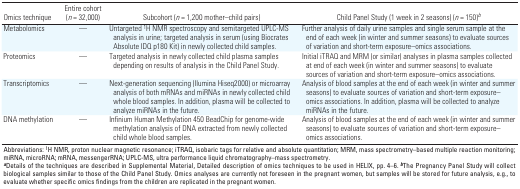
| Omics technique | Entire cohort (n = 32,000) | Subcohort (n = 1,200 mother–child pairs) | Child Panel Study (1 week in 2 seasons) (n = 150)b |
 | --- | --- | --- | --- |
 | Metabolomics | — | Untargeted 1H NMR spectroscopy and semitargeted UPLC-MS analysis in urine; targeted analysis in serum (using Biocrates Absolute IDQ p180 Kit) in newly collected child samples. | Further analysis of daily urine samples and single serum sample at the end of each week (in winter and summer seasons) to evaluate sources of variation and short-term exposure–omics associations. |
 | Proteomics | — | Targeted analysis in newly collected child plasma samples depending on results of analysis in the Child Panel Study. | Initial iTRAQ and MRM (or similar) analyses in plasma samples collected at end of each week (in winter and summer seasons) to evaluate sources of variation and short-term exposure–omics associations. |
 | Transcriptomics | — | Next-generation sequencing (Ilumina Hiseq2000) or microarray analysis of both mRNAs and miRNAs in newly collected child whole blood samples. In addition, plasma will be collected to analyze miRNAs in the future. | Analysis of blood samples at the end of each week (in winter and summer seasons) to evaluate sources of variation and short-term exposure–omics associations. In addition, plasma will be collected to analyze miRNAs in the future. |
 | DNA methylation | — | Infinium Human Methylation 450 BeadChip for genome-wide methylation analysis of DNA extracted from newly collected child whole blood samples. | Analysis of blood samples at the end of each week (in winter and summer seasons) to evaluate sources of variation and short-term exposure–omics associations. |
 | <COLSPAN=4> Abbreviations: 1H NMR, proton nuclear magnetic resonance; iTRAQ, isobaric tags for relative and absolute quantitation; MRM, mass spectrometry–based multiple reaction monitoring; miRNA, microRNA; mRNA, messengerRNA; UPLC-MS, ultra performance liquid chromatography–mass spectrometry. aDetails of the techniques are described in Supplemental Material, Detailed description of omics techniques to be used in HELIX, pp. 4–6. bThe Pregnancy Panel Study will collect biological samples similar to those of the Child Panel Study. Omics analyses are currently not foreseen in the pregnant women, but samples will be stored for future analysis, e.g., to evaluate whether specific omics findings from the children are replicated in the pregnant women. |